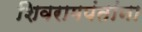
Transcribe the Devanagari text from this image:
शिवरामपंतांना